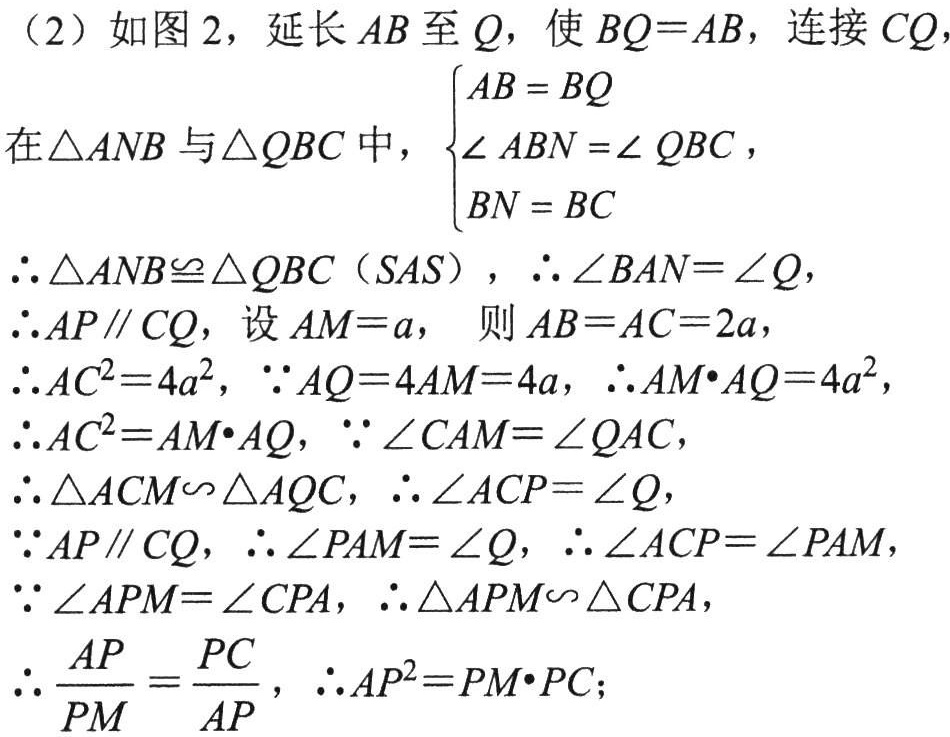
（2）如图 2，延长 \(AB\) 至 \(Q\)，使 \(BQ = AB\)，连接 \(CQ\)，

在\(\triangle ANB\)与\(\triangle QBC\)中，\(\begin{cases}AB = BQ\\\angle ABN=\angle QBC\\BN = BC\end{cases}\)

\(\therefore\triangle ANB\cong\triangle QBC(SAS)\)，\(\therefore\angle BAN=\angle Q\)，

\(\therefore AP\parallel CQ\)，设 \(AM = a\)， 则 \(AB = AC = 2a\)，

\(\therefore AC^{2}=4a^{2}\)，\(\because AQ = 4AM = 4a\)，\(\therefore AM\cdot AQ = 4a^{2}\)，

\(\therefore AC^{2}=AM\cdot AQ\)，\(\because\angle CAM=\angle QAC\)，

\(\therefore\triangle ACM\sim\triangle AQC\)，\(\therefore\angle ACP=\angle Q\)，

\(\because AP\parallel CQ\)，\(\therefore\angle PAM=\angle Q\)，\(\therefore\angle ACP=\angle PAM\)，

\(\because\angle APM=\angle CPA\)，\(\therefore\triangle APM\sim\triangle CPA\)，

\(\therefore \dfrac{AP}{PM}=\dfrac{PC}{AP}\)，\(\therefore AP^{2}=PM\cdot PC\)；